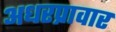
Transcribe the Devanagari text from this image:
अधरप्रावार